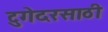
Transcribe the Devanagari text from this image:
टुगेदरसाठी